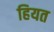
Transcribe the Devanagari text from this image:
हियत